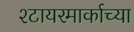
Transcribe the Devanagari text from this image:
श्टायरमार्काच्या